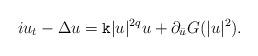
LaTeX: \begin{align*}iu_t-\Delta u=\mathtt k |u|^{2q}u +\partial_{\bar u}G(|u|^2).\end{align*}